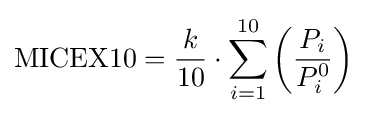
{\text{MICEX10}}={\frac {k}{10}}\cdot \sum \limits _{i=1}^{10}\left({\frac {P_{i}}{P_{i}^{0}}}\right)